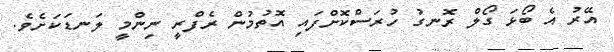
އޭރު އެ ބޯޅަ ގޯލް ރޮނގު ހުރަސްކޮށްފައި އޮތުމުން ރެފްރީ ނިންމީ ލަނޑަކަށެވެ.